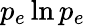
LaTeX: p_{e}\ln p_{e}